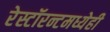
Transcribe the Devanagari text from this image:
रेस्टॉरन्टमध्येही